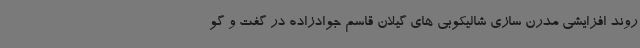
روند افزایشی مدرن سازی شالیکوبی های گیلان قاسم جوادزاده در گفت و گو